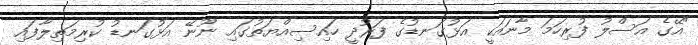
"އޭގެ އަސްލު ފުރިހަމަ މާނައަކީ އަޅުގަނޑުގެ ފަރުދީ ހައިސިއްޔަތުގައި ނޫނޭ އަޅުގަނޑު ކުރިމަތިލާފައި